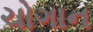
ચોગાન